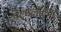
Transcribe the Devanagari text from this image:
पेटवलेल्या